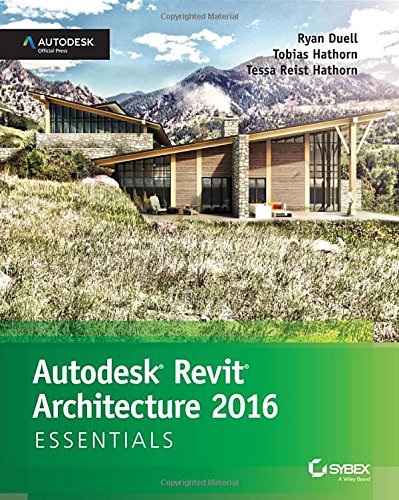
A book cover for Autodesk Revit Architecture 2016 Essentials: Autodesk Official Press; Ryan Duell; Computers & Technology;